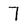
Character: 7